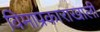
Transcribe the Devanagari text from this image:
विमाप्रकाराखाली